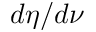
d \eta / d \nu